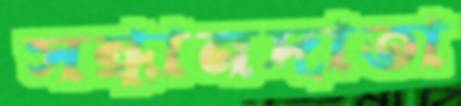
সন্ধানদাতা